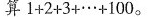
算1+2+3+…+100。